Laimjala_vallavalitsus, lk 21
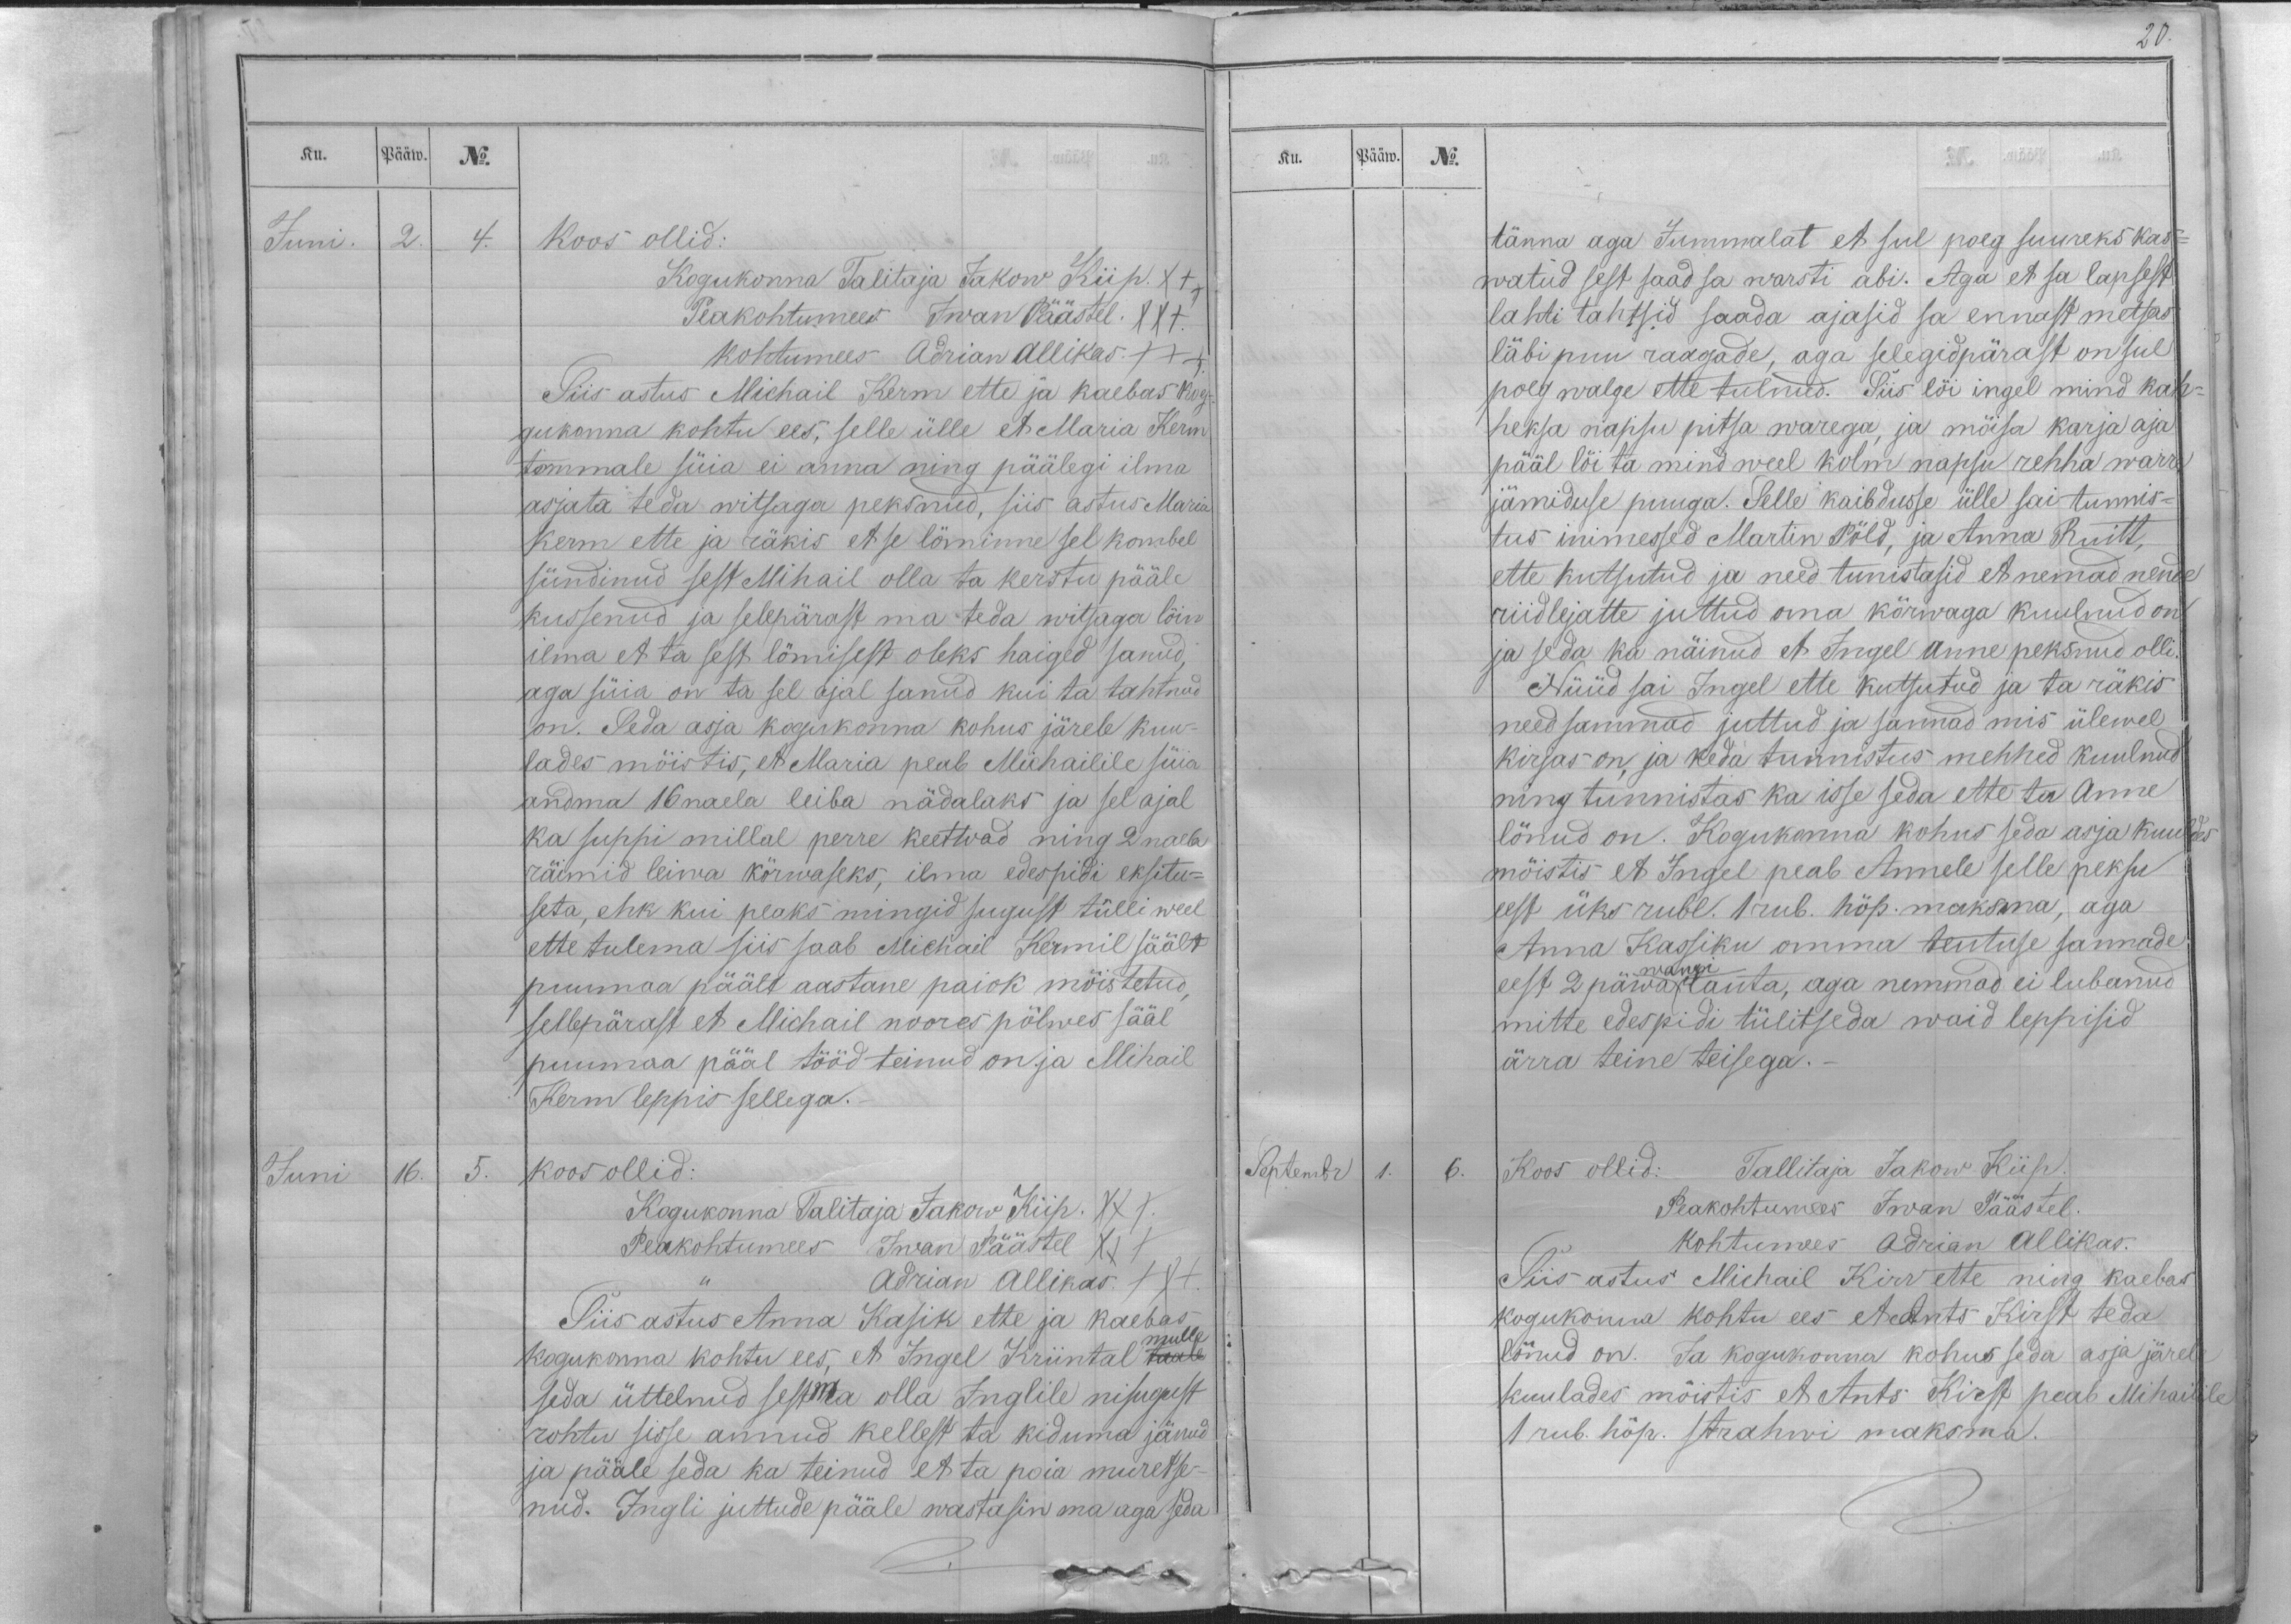
Ku.
Pääw.
No.
Juni.
2.
4.
Koos ollid:
Kogukonna Talitaja Jakow Kiip. XXX.
Peakohtumees Iwan Päästel. XXX.
kohtumees Adrian Allikas. XXX.
Siis astus Michail Kerm ette ja kaebas kog-
gukonna kohtu ees, selle ülle et Maria Kerm
temmale süia ei anna ning päälegi ilma
asjata teda witsaga peksnud, siis astus Maria
Kerm ette ja räkis et se löminne sel kombel
sündinud sest Mihail olla ta kerstu pääle
kussenud ja selepärast ma teda witsaga lõin
ilma et ta sest lömisest oleks haiged sanud,
aga süia on ta sel ajal sanud kui ta tahtnud
on. Seda asja kogukonna kohus järele kuu-
lades mõistis, et Maria peab Michailile süia
andma 16 naela leiba nädalaks ja sel ajal
ka suppi millal perre keetwad ning 2 naela
räimid leiwa kõrwaseks, ilma edespidi eksitu-
seta, ehk kui peaks mingid sugust tülli weel
ette tulema siis saab Michail Kermil säält
puumaa päält aastane paiok mõistetud,
sellepärast et Michail noores põlwes sääl
puumaa pääl tööd teinud on ja Mihail
Kerm leppis sellega.
Juni
16.
5.
Koos ollid:
Kogukonna Talitaja Jakow Kiip. XXX.
Peakohtumees Iwan Päästel XXX
,, Adrian Allikas. XXX.
Siis astus Anna Kasik ette ja kaebas
mulle
kogukonna kohtu ees, et Ingel Kriintal taale
seda üttelnud sestma olla Inglile nisugust
rohtu sisse annud kellest ta kiduma jänud
ja pääle seda ka teinud et ta poia muretse-
nud. Ingli juttude pääle wastasin ma aga seda

20.
Ku.
Pääw.
No.
tänna aga Jummalat et sul poeg suureks kas-
watud sest saad sa warsti abi. Aga et sa lapsest
lahti tahtsid saada ajasid sa ennast metsas
läbi puu raagade, aga selegidpärast on sul
poeg walge ette tulnud. Siis lõi ingel mind kah-
heksa napsu pitsa warega, ja mõisa karja aja
pääl lõi ta mind weel kolm napsu rehha warre
jämiduse puuga. Selle kaibdusse ülle sai tunnis-
tus inimesed Martin Põld, ja Anna Ruitt,
ette kutsutud ja need tunistasid et nemad nende
riidlejatte juttud oma kõrwaga kuulnud on
ja seda ka näinud et Ingel Anne peksnud olli.
Nüüd sai Ingel ette kutsutud ja ta räkis
need sammad juttud ja sannad mis ülewel
kirjas on ja keda tunnistus mehhed kuulnud
ning tunnistas ka isse seda ette ta Anne
lönud on. Kogukonna kohus seda asja kuuldes
mõistis et Ingel peab Annele selle peksu
eest üks rubl. 1 rub. hõp. maksma, aga
Anna Kassiku omma teutuse sannade
wangi
eest 2 päwa lauta, aga nemmad ei lubanud
mitte edespidi tülitseda waid leppisid
ärra teine teisega._
Septembr
1.
6.
Koos ollid: Tallitaja Jakow Kiip.
Peakohtumees Iwan Päästel.
kohtumees Adrian Allikas.
Siis astus Michail Kirr ette ning kaebas
kogukonna kohtu ees et Ants Kirst teda
lönud on. Ja kogukonna kohus seda asja järele
kuulades mõistis et Ants Kirst peab Mihailile
1 rub. hõp. strahwi maksma.